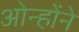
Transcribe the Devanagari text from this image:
ओन्होंने